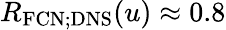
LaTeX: R_{\mathrm{FCN;DNS}}(u)\approx 0.8